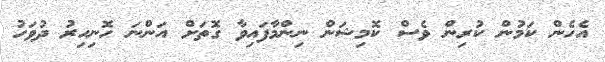
އެހެން ކަމުން ކުރިން ވެސް ކޮމިޝަން ނިންމާފައިވާ ގޮތަށް އަންނަ ހޮނިހިރު ދުވަހު